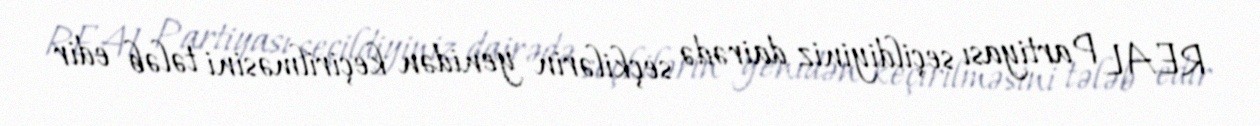
REAL Partiyası seçildiyiniz dairədə seçkilərin yenidən keçirilməsini tələb edir